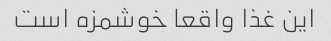
این غذا واقعا خوشمزه است